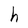
Character: h